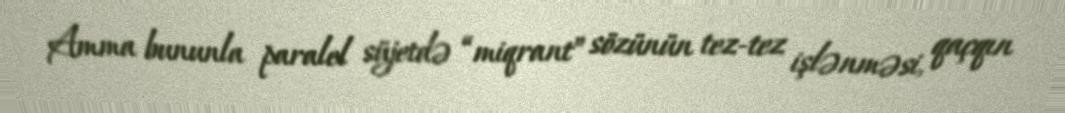
Amma bununla paralel süjetdə “miqrant” sözünün tez-tez işlənməsi, qaçqın